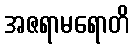
အဇရာမရောတိ